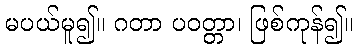
မပယ်မူ၍။ ဂတာ ပဝတ္တာ၊ ဖြစ်ကုန်၍။